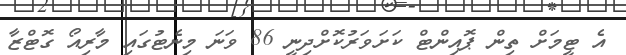
އެ ޓީމަށް ތިން ޕޮއިންޓް ކަށަވަރުކޮށްދިނީ 86 ވަނަ މިނެޓުގައި މާރިއޯ ގޮޓްޒާ